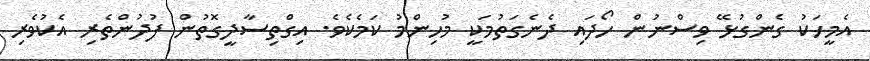
އެމީހަކު ގެންގުޅޭ ވިސްނުން ހޯދައި ދެނެގަތުމަކީ މުހިންމު ކަމެކެވެ. އިގްތިސާދީގޮތުން ފުދުންތެރި އެކުވެރި